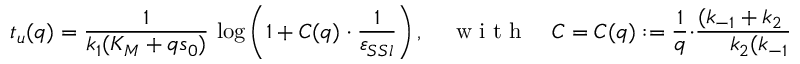
t _ { u } ( q ) = \frac { 1 } { k _ { 1 } ( K _ { M } + q s _ { 0 } ) } \, \log \left( 1 + C ( q ) \cdot \frac { 1 } { \varepsilon _ { S S l } } \right) , \quad \mathrm { ~ w ~ i ~ t ~ h ~ } \quad C = C ( q ) : = \frac { 1 } { q } \cdot \frac { ( k _ { - 1 } + k _ { 2 } + q k _ { 1 } s _ { 0 } ) ^ { 2 } } { k _ { 2 } ( k _ { - 1 } + k _ { 2 } ) } .